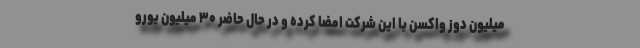
میلیون دوز واکسن با این شرکت امضا کرده و در حال حاضر ۳۰ میلیون یورو